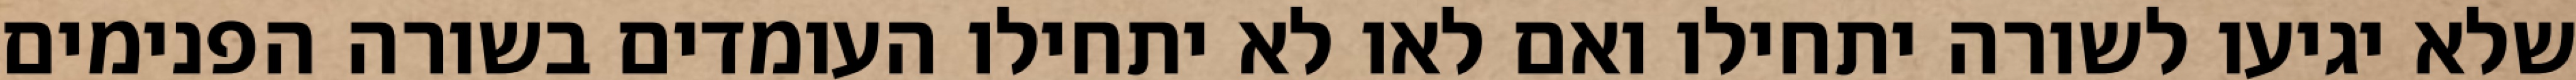
שלא יגיעו לשורה יתחילו ואם לאו לא יתחילו העומדים בשורה הפנימים